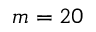
m = 2 0